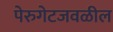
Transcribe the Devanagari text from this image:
पेरुगेटजवळील